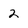
Character: 2